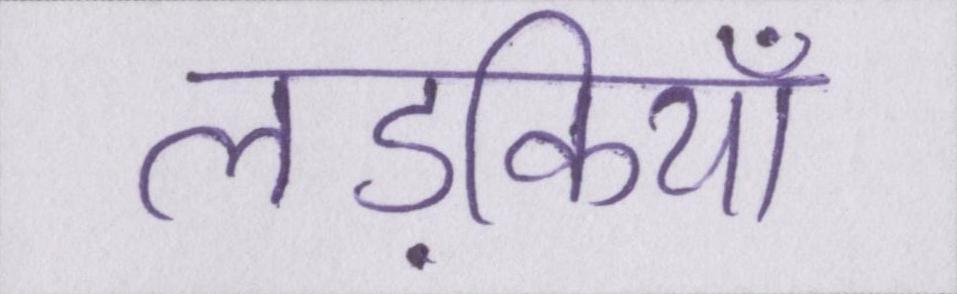
लड़कियाँ